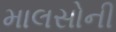
માલસોની